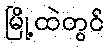
မြို့ထဲတွင်